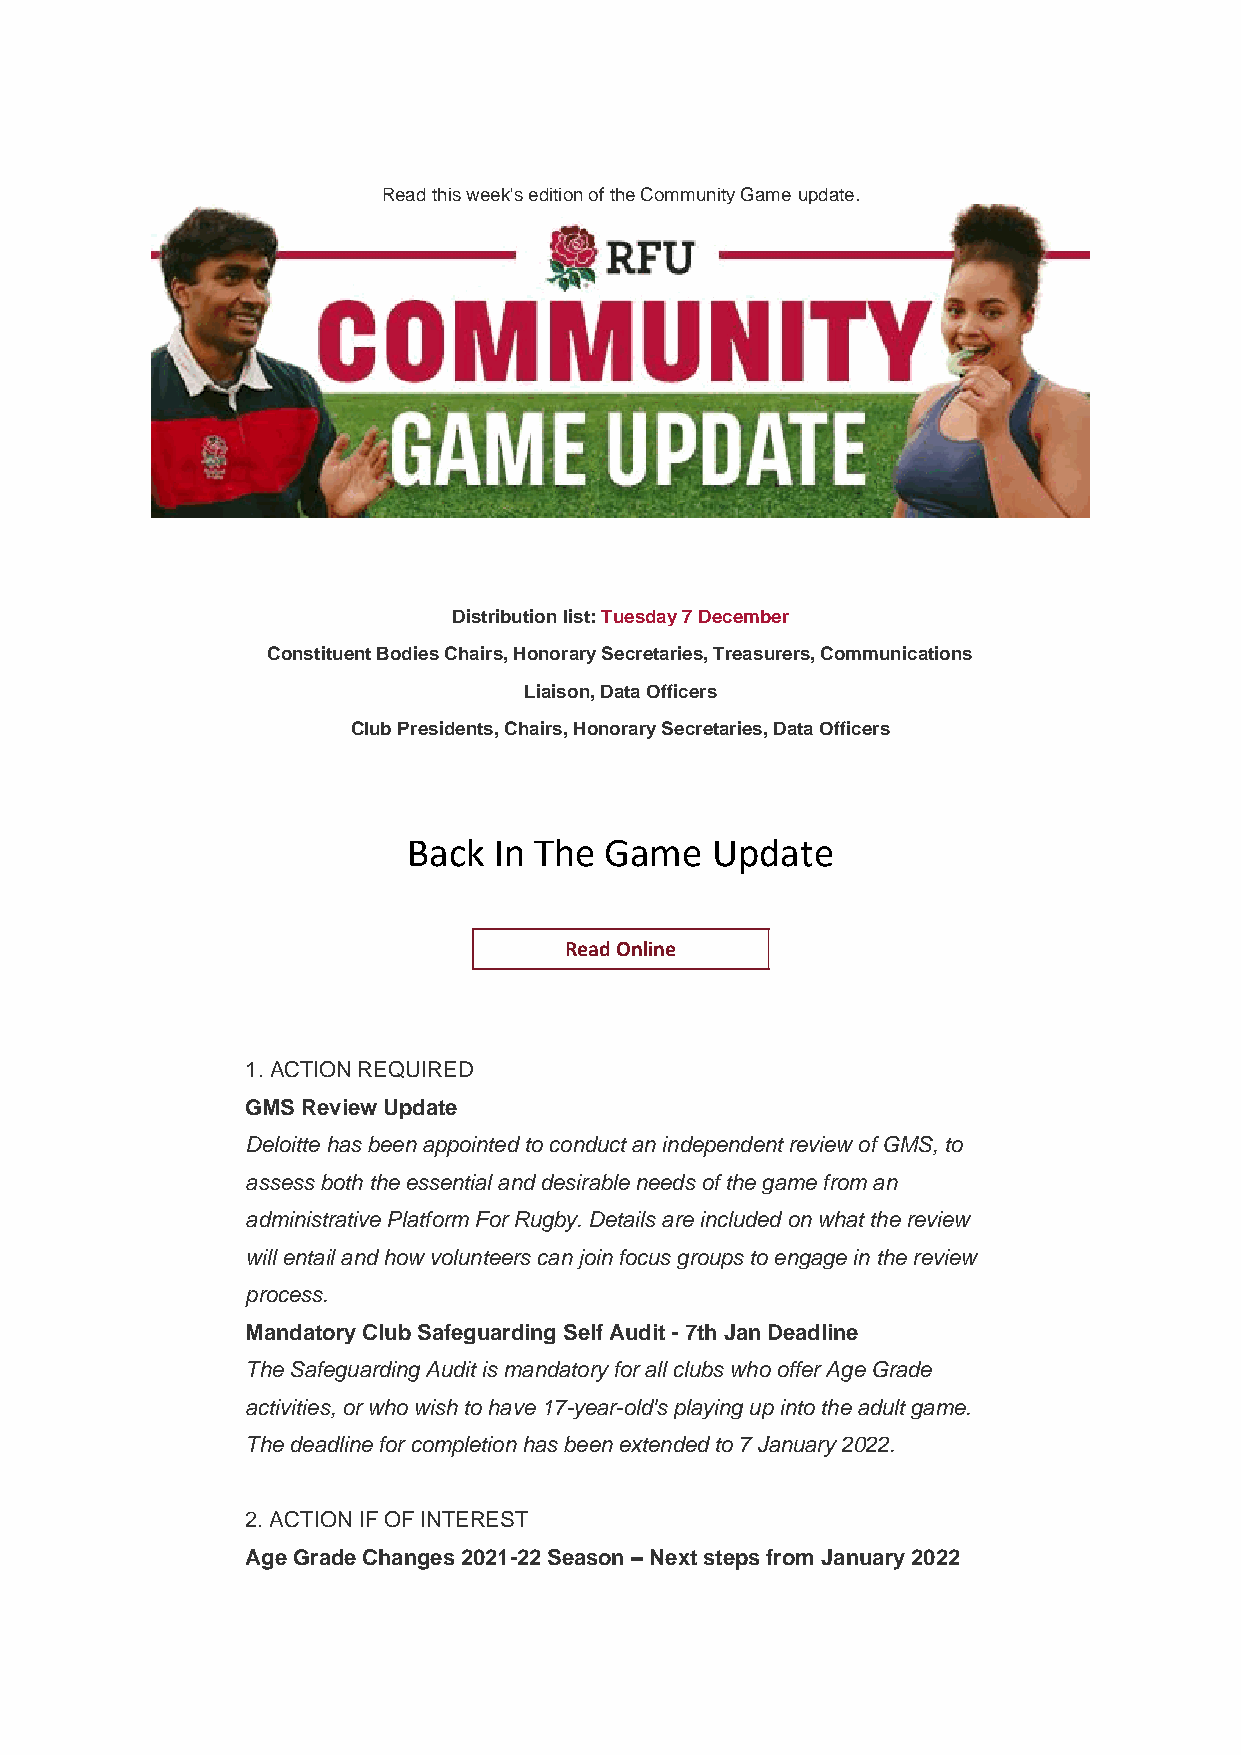
Read this week's edition of the Community Game update.
 Distribution list: Tuesday 7 December
 Constituent Bodies Chairs, Honorary Secretaries, Treasurers, Communications
 Liaison, Data Officers
 Club Presidents, Chairs, Honorary Secretaries, Data Officers
 Back  In The Game   Update
 Read Online
 1. ACTION REQUIRED
 GMS Review Update
 Deloitte has been appointed to conduct an independent review of GMS, to
 assess both the essential and desirable needs of the game from an
 administrative Platform For Rugby. Details are included on what the review
 will entail and how volunteers can join focus groups to engage in the review
 process.
 Mandatory Club Safeguarding Self Audit - 7th Jan Deadline
 The Safeguarding Audit is mandatory for all clubs who offer Age Grade
 activities, or who wish to have 17-year-old's playing up into the adult game.
 The deadline for completion has been extended to 7 January 2022.
 2. ACTION IF OF INTEREST
 Age Grade Changes 2021-22 Season – Next steps from January 2022